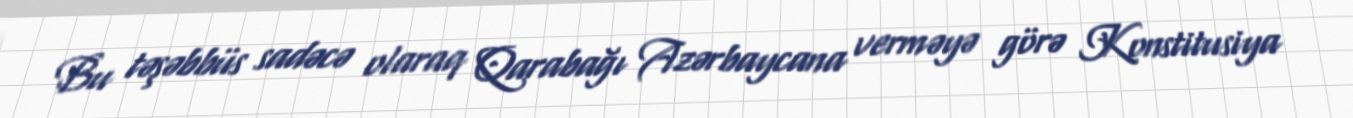
Bu təşəbbüs sadəcə olaraq Qarabağı Azərbaycana verməyə görə Konstitusiya